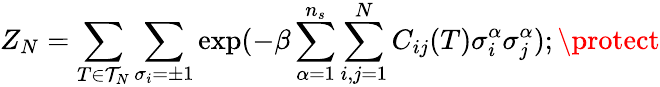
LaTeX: Z_{N}=\sum_{T\in{\cal{T}}_{N}}\sum_{\sigma_{i}=\pm 1}\exp(-\beta\sum_{\alpha=1}^{n_{s}}\sum_{i,j=1}^{N}C_{ij}(T)\sigma_{i}^{\alpha}\sigma_{j}^{\alpha});\protect